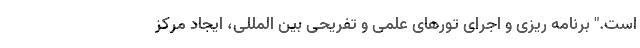
است." برنامه ریزی و اجرای تورهای علمی و تفریحی بین المللی، ایجاد مرکز